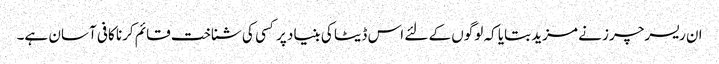
ان ریسرچرز نے مزید بتایا کہ لوگوں کے لئے اس ڈیٹا کی بنیاد پر کسی کی شناخت قائم کرنا کافی آسان ہے۔